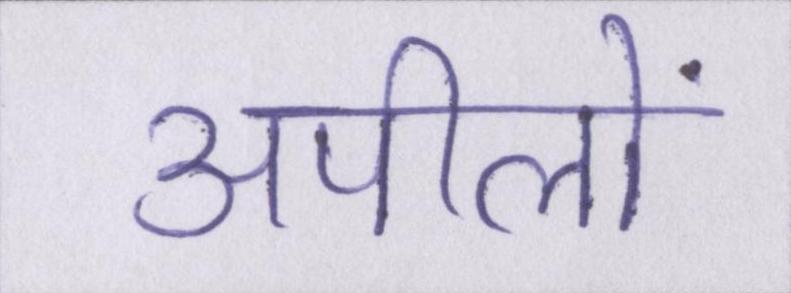
अपीलों